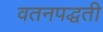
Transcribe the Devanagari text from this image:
वतनपद्धती